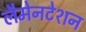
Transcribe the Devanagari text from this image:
लैमेनटेशन